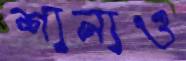
শানাও